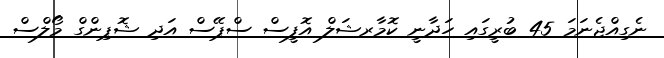
ނެގިއްޖެނަމަ 45 ބުރީގައި ހަދާނީ ކޮމާރޝަލް އޮފީސް ސްޕޭސް އަދި ޝޮޕިންގް މޯލްސް